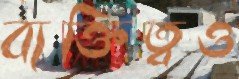
ব্যক্তিত্বও